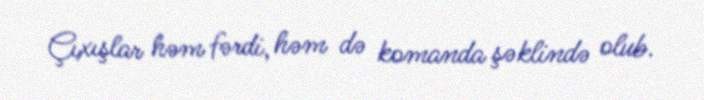
Çıxışlar həm fərdi, həm də komanda şəklində olub.